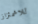
للاشمئزاز